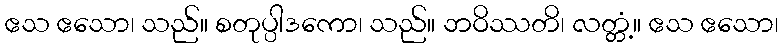
ဧသ ဧသော၊ သည်။ စတုပ္ပါဒကော၊ သည်။ ဘဝိဿတိ၊ လတ္တံ့။ ဧသ ဧသော၊